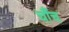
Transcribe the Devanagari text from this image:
चौंच